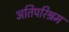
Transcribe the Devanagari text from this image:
अतिपरिश्रम